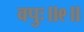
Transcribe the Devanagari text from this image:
वपुः॥९॥